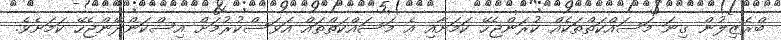
ބްރެޒިލުން ގިނަ މަސައްކަތްތަކެއް ކުރަންޖެހޭ ކަމަށާއި އެ މަސައްކަތްތައް އަވަސްކުރުމަށް އިސްކަންދޭންޖެހޭ ކަމަށެވެ.